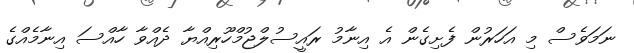
ނަމަވެސް މި އަހަރުން ފެށިގެން އެ އިނާމު ރައީސުލްޖުމްހޫރިއްޔާ ދެއްވާ ހާއްސަ އިނާމެއްގެ